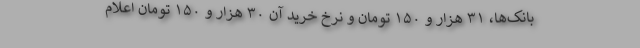
بانک‌ها، ۳۱ هزار و ۱۵۰ تومان و نرخ خرید آن ۳۰ هزار و ۱۵۰ تومان اعلام